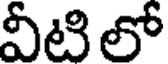
వీటి లో